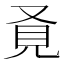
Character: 𧠈